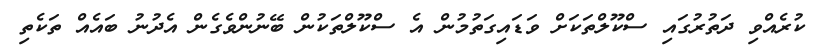
ކުރެއްވި ދަތުރުގައި ސްކޫލްތަކަށް ވަޑައިގަތުމުން އެ ސްކޫލްތަކުން ބޭނުންވެގެން އެދުނު ބައެއް ތަކެތި